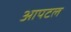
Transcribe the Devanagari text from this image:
आपटल